Leaving Certificate, 1899
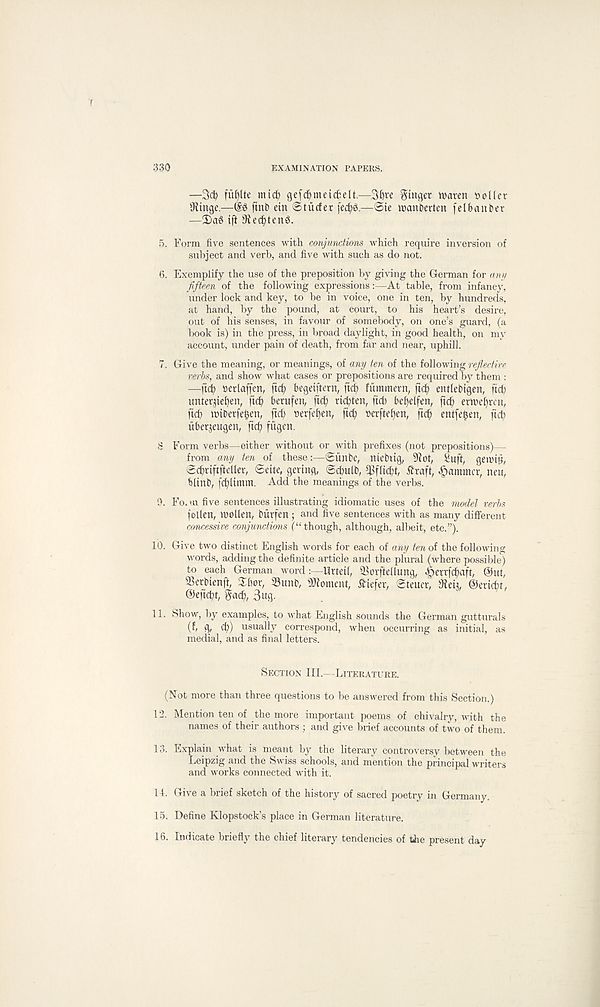
330
EXAMINATION PAPERS.
—3d? finite mid? gefd?meid?elt.—3^re ftinflet maven Poller
Stinge.—@3 ftnb ein ©tiicfer (ec^e.—©ie manberten (elbanber
—3)a6 ift Dlec^teng.
5. Form five sentences with conjunctions which require inversion of
subject and verb, and five with such as do not.
6. Exemplify the use of the preposition by giving the German for any
fifteen of the following expressions :—At table, from infancy,
under lock and key, to be in voice, one in ten, by hundreds,
at hand, by the pound, at court, to his heart’s desire,
out of his senses, in favour of somebody, on one’s guard, (a
book is) in the press, in broad daylight, in good health, on my
account, under pain of death, from far and near, uphill.
7. Give the meaning, or meanings, of any ten of the following reflective
verbs, and show what cases or prepositions are required by them :
—fid? oerlaffen, fid? begeiftern, fid? fummmt, fid? entlebigen, fid?
unter^ie^en, fid? berufen, fid? rid?ten, fid) beffelfen, fid? erweljren,
fid) mtberfe^en, fid? »erfef)en, fid? perftel)en, fid? entfe^en, fid?
iiberjeugeip fid? fugen.
8 Form verbs—either without or with prefixes (not prepositions)—
from any ten of these:—©iiltbe, nicbltg, 9iot, Sufi, getiutl,
©d?riftfidler, ©die, gevtng, ©dmlb, *J3fIid?t, tfraft, jammer, neu,
blinb, fd)limm. Add the meanings of the verbs.
9. Fo. m five sentences illustrating idiomatic uses of the model verbs
follen, mo lien, biirfen ; and five sentences with as many different
concessive conjunctions (“though, although, albeit, etc.”).
10. Give two distinct English words for each of any tenoi the following
words, adding the definite article and the plural (where possible)
to each German word:—Urteil, Sovftellung, ^errfe^aft, ®ut,
SSerbienft, $bor, 33unb, foment, tfiefer, ©teuer, 9fieh, ©ericbr,
©efiebt, gadb, 3ug.
11. Show, by examples, to what English sounds the German gutturals
(f, q, d?) usually correspond, when occurring as initial, as
medial, and as final letters.
Section III.—Literature.
(Not more than three questions to be answered from this Section.)
12. Mention ten of the more important poems of chivalry, with the
names of their authors ; and give brief accounts of two of them.
13. Explain what is meant by the literary controversy between the
Leipzig and the Swiss schools, and mention the principal writers
and works connected with it.
14. Give a brief sketch of the history of sacred poetry in Germany.
15. Define Klopstock’s place in German literature.
16. Indicate briefly the chief literary tendencies of the present day